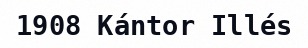
1908 Kántor Illés